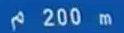

200 m